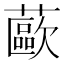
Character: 𰲊